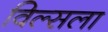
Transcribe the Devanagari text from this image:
विल्सला